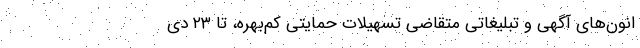
انون‌های آگهی و تبلیغاتیِ متقاضی تسهیلات حمایتی کم‌بهره، تا ۲۳ دی